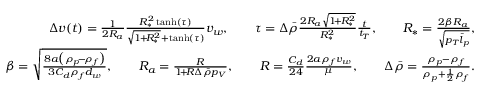
\begin{array} { r l r } & { } & { \Delta { v } ( t ) = \frac { 1 } { 2 R _ { a } } \frac { R _ { * } ^ { 2 } \operatorname { t a n h } ( \tau ) } { \sqrt { 1 \! + \! R _ { * } ^ { 2 } } + \operatorname { t a n h } ( \tau ) } v _ { w } , \qquad \tau = \Delta \bar { \rho } \frac { 2 R _ { a } \sqrt { 1 \! + \! R _ { * } ^ { 2 } } } { R _ { * } ^ { 2 } } \frac { t } { t _ { T } } , \qquad R _ { * } = \frac { 2 \beta R _ { a } } { \sqrt { p _ { T } \bar { l } _ { p } } } , } \\ & { } & { \beta = \sqrt { \frac { 8 a \bigl ( \rho _ { p } \! - \! \rho _ { f } \bigr ) } { 3 C _ { d } \rho _ { f } d _ { w } } } , \qquad R _ { a } = \frac { R } { 1 \! + \! R \Delta \bar { \rho } p _ { V } } , \qquad R = \frac { C _ { d } } { 2 4 } \frac { 2 a \rho _ { f } v _ { w } } { \mu } , \qquad \Delta \bar { \rho } = \frac { \rho _ { p } - \rho _ { f } } { \rho _ { p } + \frac { 1 } { 2 } \rho _ { f } } . } \end{array}